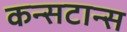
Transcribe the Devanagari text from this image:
कन्सटान्स